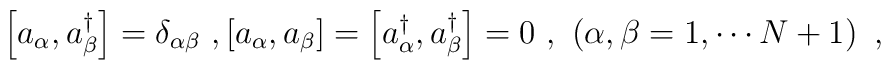
\left[ a_\alpha,a^\dagger_\beta\right]=\delta_{\alpha\beta}\ ,\left[ a_\alpha,a_\beta\right]=\left[a^\dagger_\alpha,a^\dagger_\beta\right]=0\ ,\ \left(\alpha,\beta=1,\cdots N+1\right)\ ,